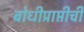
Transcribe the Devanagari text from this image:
बोधीप्राप्तीची